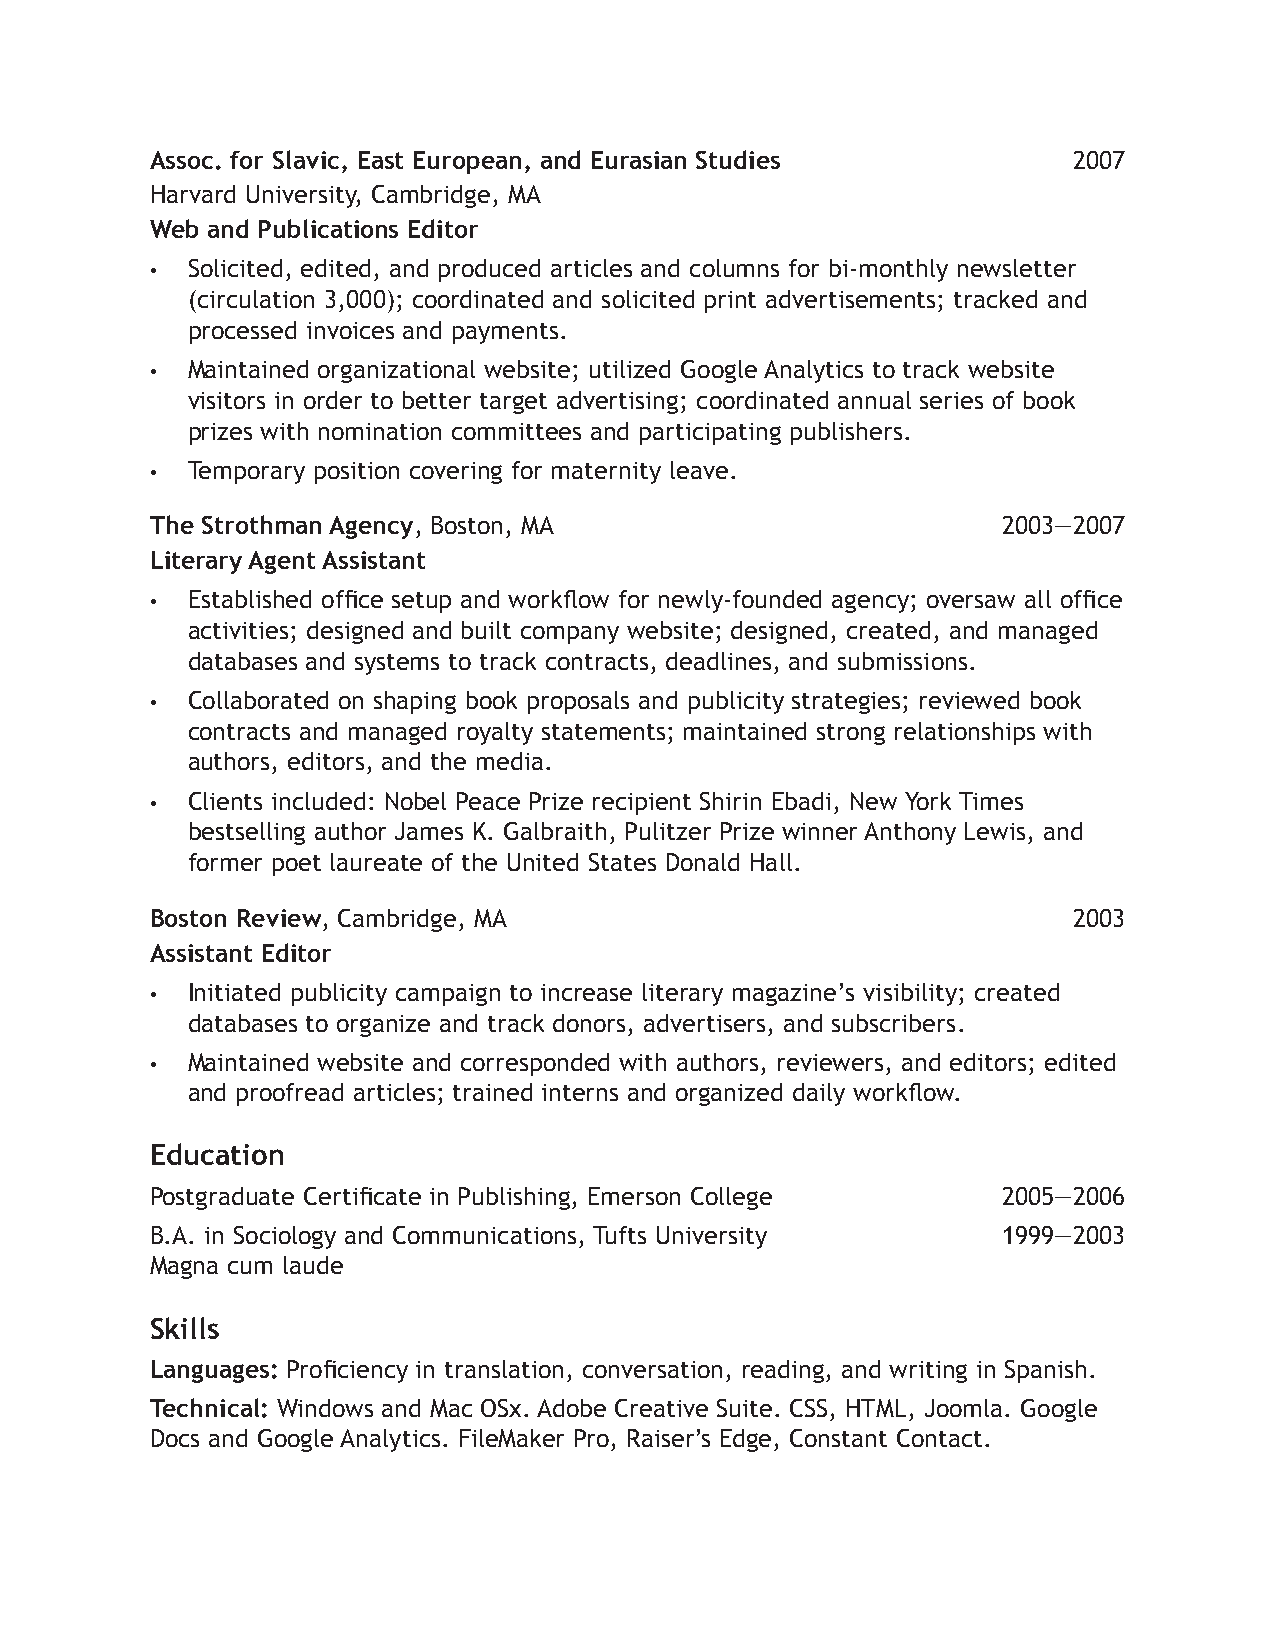
Assoc. for Slavic, East European, and Eurasian Studies       2007
 Harvard University, Cambridge, MA
 Web and Publications Editor
 • Solicited, edited, and produced articles and columns for bi-monthly newsletter
 (circulation 3,000); coordinated and solicited print advertisements; tracked and
 processed invoices and payments.
 • Maintained organizational website; utilized Google Analytics to track website
 visitors in order to better target advertising; coordinated annual series of book
 prizes with nomination committees and participating publishers.
 • Temporary position covering for maternity leave.
 The Strothman Agency, Boston, MA                        2003—2007
 Literary Agent Assistant
 • Established office setup and workflow for newly-founded agency; oversaw all office
 activities; designed and built company website; designed, created, and managed
 databases and systems to track contracts, deadlines, and submissions.
 • Collaborated on shaping book proposals and publicity strategies; reviewed book
 contracts and managed royalty statements; maintained strong relationships with
 authors, editors, and the media.
 • Clients included: Nobel Peace Prize recipient Shirin Ebadi, New York Times
 bestselling author James K. Galbraith, Pulitzer Prize winner Anthony Lewis, and
 former poet laureate of the United States Donald Hall.
 Boston Review, Cambridge, MA                                 2003
 Assistant Editor
 • Initiated publicity campaign to increase literary magazine’s visibility; created
 databases to organize and track donors, advertisers, and subscribers.
 • Maintained website and corresponded with authors, reviewers, and editors; edited
 and proofread articles; trained interns and organized daily workflow.
 Education
 Postgraduate Certificate in Publishing, Emerson College 2005—2006
 B.A. in Sociology and Communications, Tufts University  1999—2003
 Magna cum laude
 Skills
 Languages: Proficiency in translation, conversation, reading, and writing in Spanish.
 Technical: Windows and Mac OSx. Adobe Creative Suite. CSS, HTML, Joomla. Google
 Docs and Google Analytics. FileMaker Pro, Raiser’s Edge, Constant Contact.